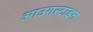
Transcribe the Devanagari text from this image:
आउगस्टाइन